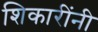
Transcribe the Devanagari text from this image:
शिकारींनी